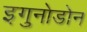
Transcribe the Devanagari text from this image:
इगुनोडोन